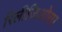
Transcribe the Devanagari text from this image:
रिलीजिओसा